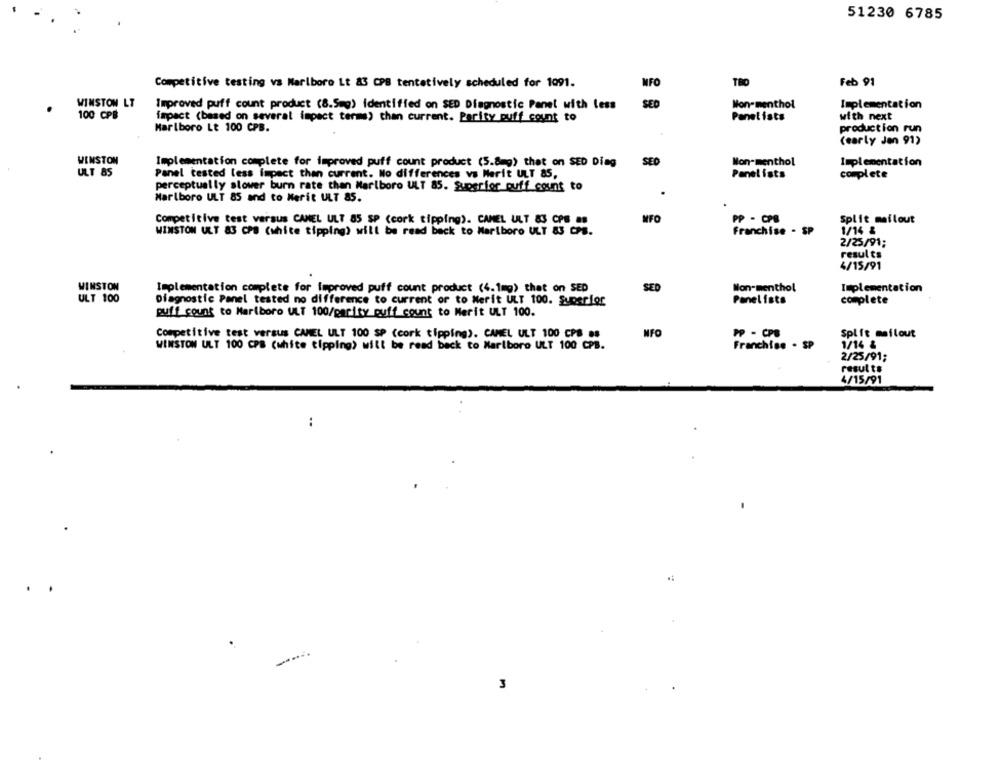
51230 6785
Competitive testing vs Marlboro Lt 83 CPB tentatively scheduled for 1991.
Feb 91
NFO
WINSTON LT
Improved puff count product (8.5mg) identified on SED Diagnostic Panel with less
SED
Mon- menthol
Implementation
100 CPB
impact (based on several impact terms) than current. Parity puff count to
Panelists
with next
Marlboro Lt 100 CPB.
production run
(early Jen 91)
WINSTON
Mon-menthol
Implementation complete for improved puff count product (5.8mg) that on SED Ding
SED
Implementation
ULT 85
Panel tested less impact than current. No differences vs Merit ULT 85,
Panel ists
complete
perceptually slower burn rate than Marlboro ULT 85. Superior puff count to
Marlboro ULT 85 and to Merit ULT 85.
Competitive test versus CAMEL ULT 85 SP (cork tipping). CAMEL ULT 83 CPS #8
MFO
PP - CPB
Split mailout
WINSTON ULT 83 CPB (white tipping) will be read back to Marlboro ULT &3 CPS.
Franchise - SP
1/14 &
2/25/91;
results
4/15/91
WINSTON
Implementation complete for improved puff count product (4.1mg) that on SED
SED
Non-menthol
Implementation
ULT 100
Diagnostic Panel tested no difference to current or to Merit ULT 100. Superior
Panelists
complete
puff count to Marlboro ULT 100/parity puff count to Merit ULT 100.
Competitive test versus CAMEL ULT 100 SP (cork tipping). CAMEL ULT 100 CPB #8
NFO
PP - CPB
Split mailout
1/14 &
WINSTON ULT 100 CPB (white tipping) will be read back to Marlboro ULT 100 CPB.
Franchise . SP
2/25/91;
results
4/15/91
:
3